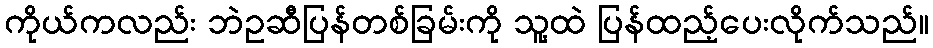
ကိုယ်ကလည်း ဘဲဥဆီပြန်တစ်ခြမ်းကို သူ့ထဲ ပြန်ထည့်ပေးလိုက်သည်။